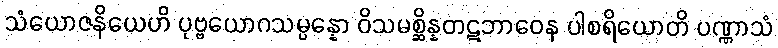
သံယောဇနိယေဟိ ပုဗ္ဗယောဂသမ္ပန္နော ဝိသမစ္ဆိန္နတဋဘာဝေန ပါစရိယောတိ ပဏ္ဏာသံ